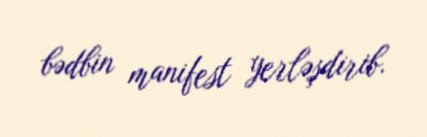
bədbin manifest yerləşdirib.